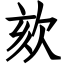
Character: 欬